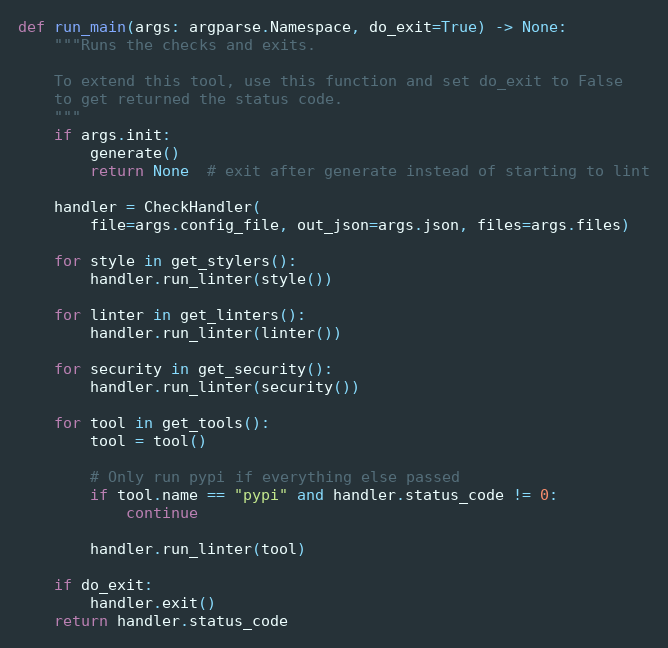
Language: Python
def run_main(args: argparse.Namespace, do_exit=True) -> None:
    """Runs the checks and exits.

    To extend this tool, use this function and set do_exit to False
    to get returned the status code.
    """
    if args.init:
        generate()
        return None  # exit after generate instead of starting to lint

    handler = CheckHandler(
        file=args.config_file, out_json=args.json, files=args.files)

    for style in get_stylers():
        handler.run_linter(style())

    for linter in get_linters():
        handler.run_linter(linter())

    for security in get_security():
        handler.run_linter(security())

    for tool in get_tools():
        tool = tool()

        # Only run pypi if everything else passed
        if tool.name == "pypi" and handler.status_code != 0:
            continue

        handler.run_linter(tool)

    if do_exit:
        handler.exit()
    return handler.status_code